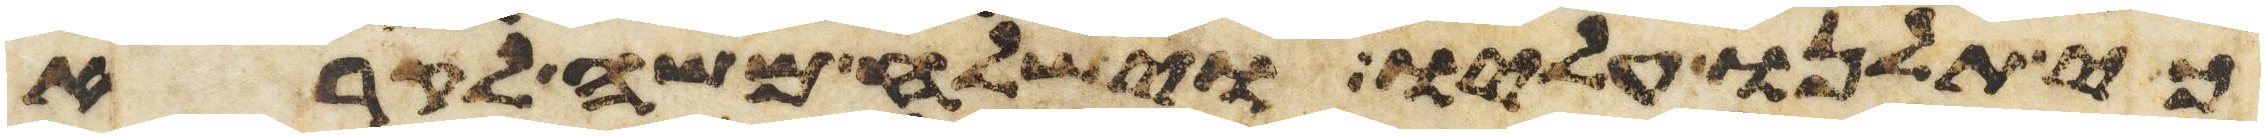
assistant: כי תלנו עליו וישלח משה לקרא